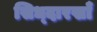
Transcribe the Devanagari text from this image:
सिध्दारखाँ